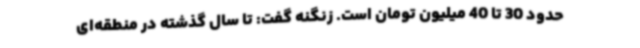
حدود 30 تا 40 میلیون تومان است. زنگنه گفت: تا سال گذشته در منطقه‌ای